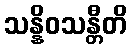
သန္နိဝသန္တီတိ